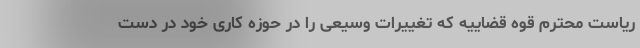
ریاست محترم قوه قضاییه که تغییرات وسیعی را در حوزه کاری خود در دست